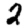
Digit: 2